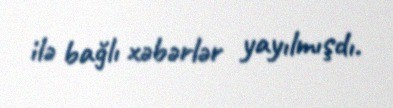
ilə bağlı xəbərlər yayılmışdı.